Senior Leaving Certificate, 1939
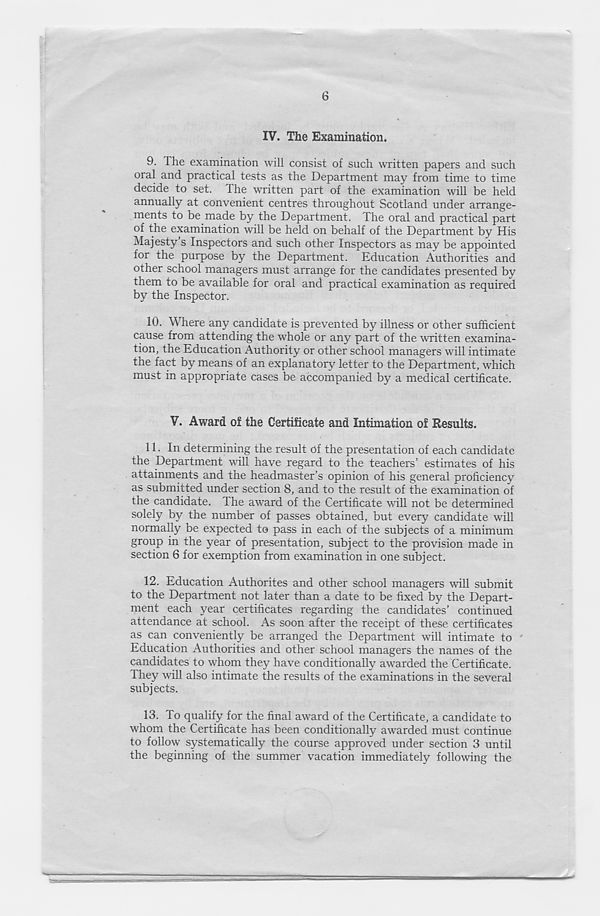
6
IV. The Examination.
9. Ihe examination will consist of such written papers and such
oral and practical tests as the Department may from time to time
decide to set. Ihe written part of the examination will be held
annually at convenient centres throughout Scotland under arrange-
ments to be made by the Department. The oral and practical part
of the examination will be held on behalf of the Department by His
Majesty s Inspectors and such other Inspectors as may be appointed
for the purpose by the Department. Education Authorities and
other school managers must arrange for the candidates presented by
them to be available for oral and practical examination as required
by the Inspector.
10. Where any candidate is prevented by illness or other sufficient
cause from attending the whole or any part of the written examina-
tion, the Education Authority or other school managers will intimate
the fact by means of an explanatory letter to the Department, which
must in appropriate cases be accompanied by a medical certificate.
V. Award of the Certificate and Intimation of Results.
11. In determining the result of the presentation of each candidate
the Department will have regard to the teachers’ estimates of his
attainments and the headmaster’s opinion of his general proficiency
as submitted under section 8, and to the result of the examination of
the candidate. The award of the Certificate will not be determined
solely by the number of passes obtained, but every candidate will
normally be expected to pass in each of the subjects of a minimum
group in the year of presentation, subject to the provision made in
section 6 for exemption from examination in one subject.
12. Education Authorites and other school managers will submit
to the Department not later than a date to be fixed by the Depart-
ment each year certificates regarding the candidates’ continued
attendance at school. As soon after the receipt of these certificates
as can conveniently be arranged the Department will intimate to
Education Authorities and other school managers the names of the
candidates to whom they have conditionally awarded the Certificate.
They will also intimate the results of the examinations in the several
subjects.
13. To qualify for the final award of the Certificate, a candidate to
whom the Certificate has been conditionally awarded must continue
to follow systematically the course approved under section 3 until
the beginning of the summer vacation immediately following the